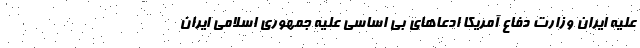
علیه ایران وزارت دفاع آمریکا ادعاهای بی اساسی علیه جمهوری اسلامی ایران